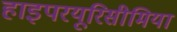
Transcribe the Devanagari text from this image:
हाइपरयूरिसीमिया